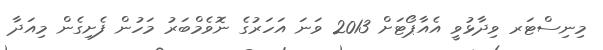
މިނިސްޓަރ ވިދާޅުވީ އެއާޕޯޓަށް 2013 ވަނަ އަހަރުގެ ނޮވެމްބަރު މަހުން ފެށިގެން މިއަދާ